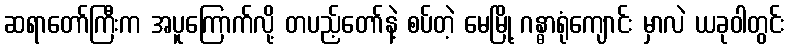
ဆရာတော်ကြီးက အပူကြောက်လို့ တပည့်တော်နဲ့ စပ်တဲ့ မေမြို့ ဂန္ဓာရုံကျောင်း မှာလဲ ယခုဝါတွင်း